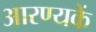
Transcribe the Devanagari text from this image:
आरण्यकें